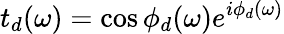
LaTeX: t_{d}(\omega)=\cos{\phi_{d}(\omega)}e^{i\phi_{d}(\omega)}